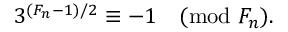
3 ^ { ( F _ { n } - 1 ) / 2 } \equiv - 1 { \pmod { F _ { n } } } .